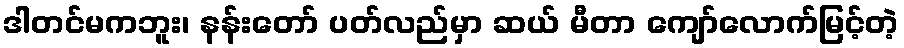
ဒါတင်မကဘူး၊ နန်းတော် ပတ်လည်မှာ ဆယ် မီတာ ကျော်လောက်မြင့်တဲ့